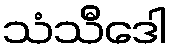
သံသီဒေါ